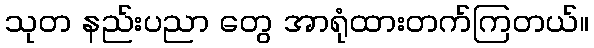
သုတ နည်းပညာ တွေ အာရုံထားတက်ကြတယ်။